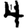
Digit: 4